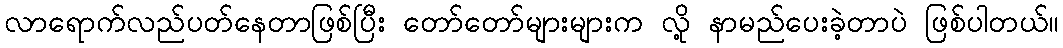
လာရောက်လည်ပတ်နေတာဖြစ်ပြီး တော်တော်များများက လို့ နာမည်ပေးခဲ့တာပဲ ဖြစ်ပါတယ်။